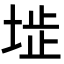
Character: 𡍍